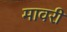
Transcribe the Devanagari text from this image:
मावरी